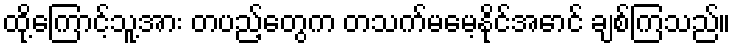
ထို့ကြောင့်သူ့အား တပည့်တွေက တသက်မမေ့နိုင်အောင် ချစ်ကြသည်။